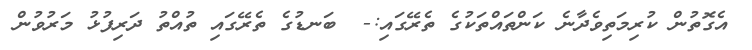
އެގޮތުން ކުރިމަތިވެދާނެ ކަންތައްތަކުގެ ތެރޭގައި:-  ބަނޑުގެ ތެރޭގައި ތުއްތު ދަރިފުޅު މަރުވުން